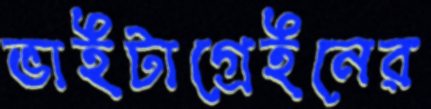
ভাইটাগ্রেইনের